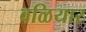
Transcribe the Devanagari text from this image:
वळियार